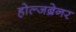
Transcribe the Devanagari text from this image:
होल्जब्रेनर